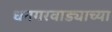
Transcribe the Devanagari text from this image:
धनगरवाड्याच्या